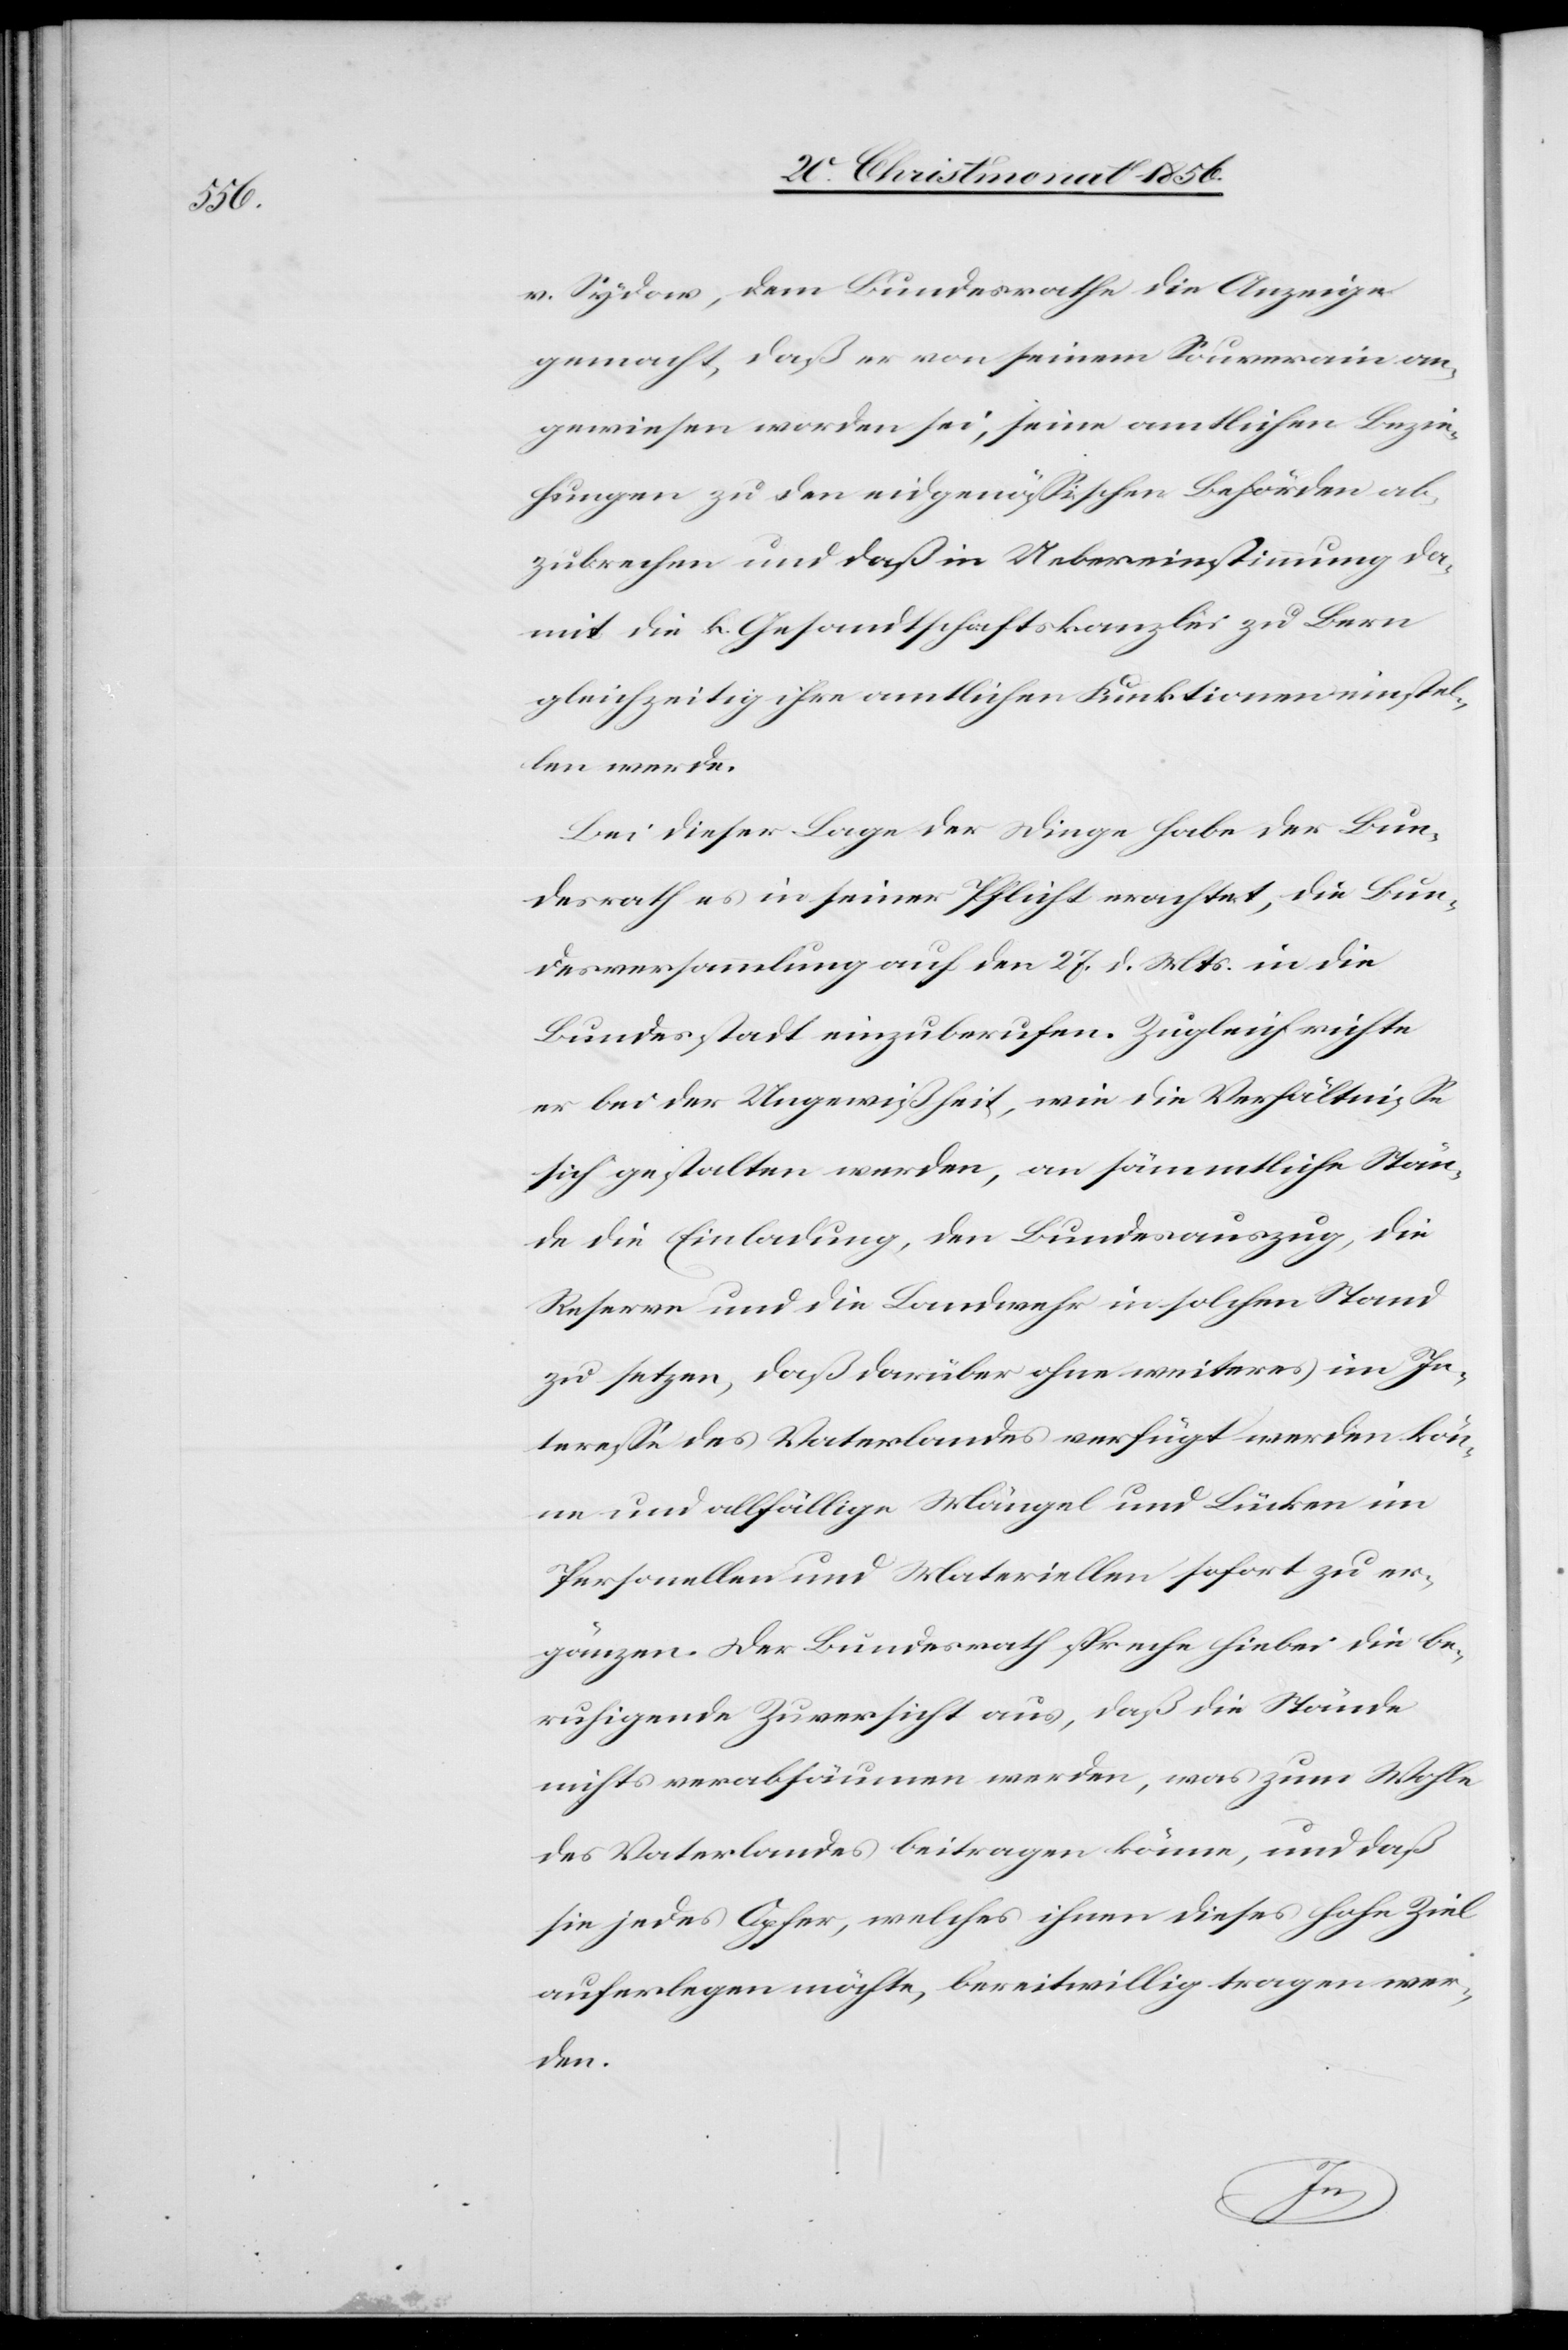
v. Sydow, dem Bundesrathe die Anzeige
gemacht, daß er von seinem Souverain an¬
gewiesen worden sei, seine amtlichen Bezie¬
hungen zu den eidgenössischen Behörden ab¬
zubrechen und daß in Uebereinstimmung da¬
mit die k. Gesandtschaftskanzlei zu Bern
gleichzeitig ihre amtlichen Funktionen einstel¬
len werde.
Bei dieser Lage der Dinge habe der Bun¬
desrath es in seiner Pflicht erachtet, die Bun¬
desversammlung auf den 27. d. Mts. in die
Bundesstadt einzuberufen. Zugleich richte
er bei der Ungewißheit, wie die Verhältnisse
sich gestalten werden, an sämmtliche Stän¬
de die Einladung, den Bundesauszug, die
Reserve und die Landwehr in solchen Stand
zu setzen, daß darüber ohne weiteres im In¬
teresse des Vaterlandes verfügt werden kön¬
ne und allfällige Mängel und Lücken im
Personellen und Materiellen sofort zu er¬
gänzen. Der Bundesrath spreche hiebei die be¬
ruhigende Zuversicht aus, daß die Stände
nichts verabsäumen werden, was zum Wohle
des Vaterlandes beitragen könne, und daß
sie jedes Opfer, welches ihnen dieses hohe Ziel
auferlegen möchte, bereitwillig tragen wer¬
den.